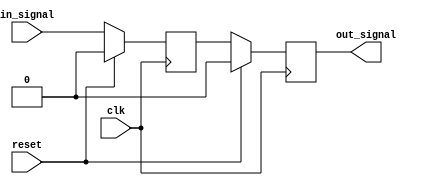
module timing_control_synchronizer (
    input wire clk, // system clock
    input wire reset, // reset signal
    input wire in_signal, // input signal to be synchronized
    output reg out_signal // synchronized output signal
);

reg first_ff;
reg second_ff;

// First flip-flop captures the input signal on the rising edge of the clock
always @(posedge clk) begin
    if (reset) begin
        first_ff <= 1'b0;
    end else begin
        first_ff <= in_signal;
    end
end

// Second flip-flop captures the output of the first flip-flop on the next rising edge of the clock
always @(posedge clk) begin
    if (reset) begin
        second_ff <= 1'b0;
    end else begin
        second_ff <= first_ff;
    end
end

// Output signal is synchronized output signal
assign out_signal = second_ff;

endmodule